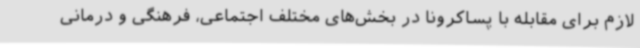
لازم برای مقابله با پساکرونا در بخش‌های مختلف اجتماعی، فرهنگی و درمانی